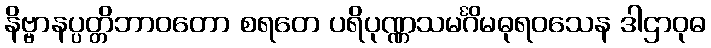
နိဗ္ဗာနပ္ပတ္တိဘာဝတော စရတေ ပရိပုဏ္ဏသမင်္ဂိမဓုရဝသေန ဒါဌာဝုဓ